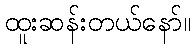
ထူးဆန်းတယ်နော်။